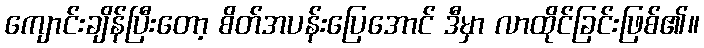
ကျောင်းချိန်ပြီးတော့ စိတ်အပန်းပြေအောင် ဒီမှာ လာထိုင်ခြင်းဖြစ်၏။